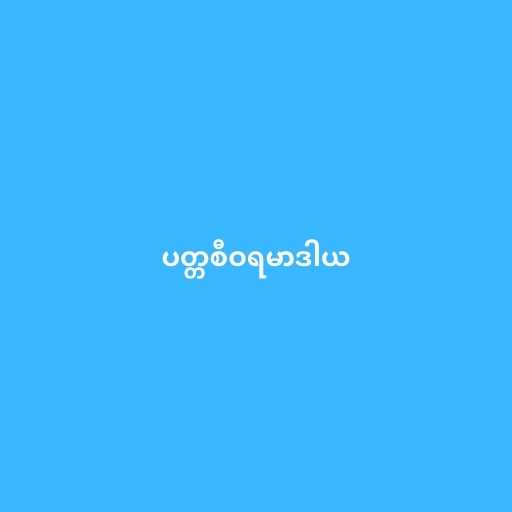
ပတ္တစီဝရမာဒါယ